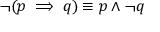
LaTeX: \neg ( p \implies q ) \equiv p \wedge \neg q